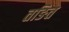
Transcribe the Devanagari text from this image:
तङित